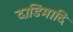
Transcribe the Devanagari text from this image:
दाडिमादि